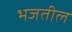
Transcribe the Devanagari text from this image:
भजतील